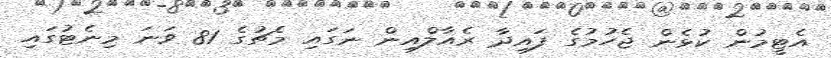
އެޓީމުން ކުޅެން ޖެހުމުގެ ފައިދާ ރެއާލްއިން ނަގައި މެޗުގެ 81 ވަނަ މިނެޓުގައި